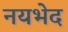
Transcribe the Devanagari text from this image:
नयभेद